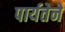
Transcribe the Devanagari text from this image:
पार्यतेने